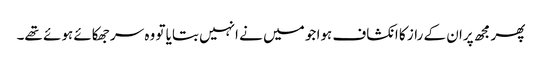
پھر مجھ پران کے راز کا انکشاف ہوا جو میں نے انہیں بتایا تو وہ سر جھکائے ہوئے تھے۔